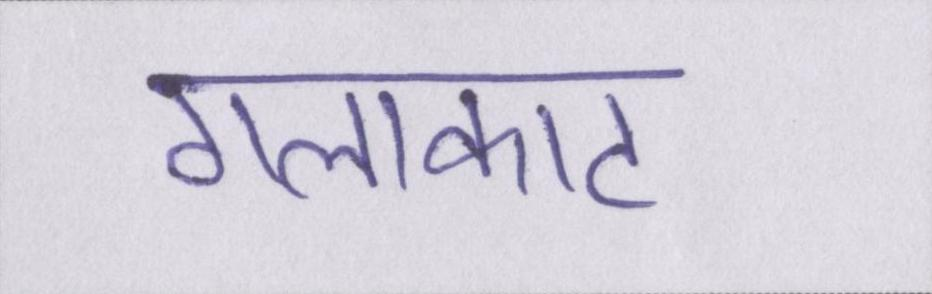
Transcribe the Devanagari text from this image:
गलाकाट